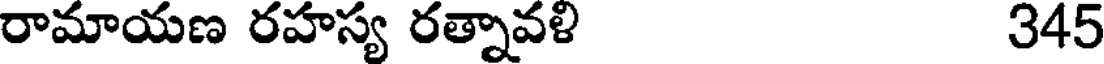
రామాయణ రహస్య రత్నావళి 345